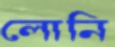
লোনি